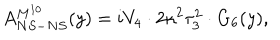
LaTeX: A _ { N S - N S } ^ { M ^ { 1 0 } } ( y ) = i V _ { 4 } \cdot 2 \kappa ^ { 2 } \tau _ { 3 } ^ { 2 } \cdot G _ { 6 } ( y ) ,